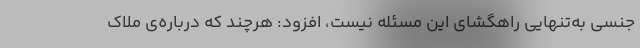
جنسی به‌تنهایی راهگشای این مسئله نیست، افزود: هرچند که درباره‌ی ملاک